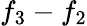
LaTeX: f_{3}-f_{2}